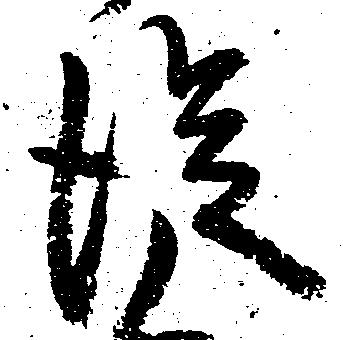
従